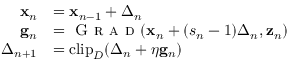
\begin{array} { r l } { { \mathbf x } _ { n } } & { = { \mathbf x } _ { n - 1 } + { \boldsymbol \Delta } _ { n } } \\ { \mathbf { g } _ { n } } & { = \textsc { G r a d } ( { \mathbf x } _ { n } + ( s _ { n } - 1 ) { \boldsymbol \Delta } _ { n } , { \mathbf z } _ { n } ) } \\ { { \boldsymbol \Delta } _ { n + 1 } } & { = \mathrm { c l i p } _ { D } ( { \boldsymbol \Delta } _ { n } + \eta \mathbf { g } _ { n } ) } \end{array}